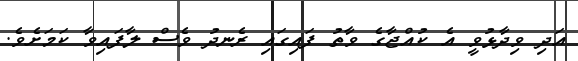
އަދި ވިދާޅުވީ އެ ކުއްޖާގެ ވާތު ފައިގައި ރެނދު ވެސް ލާފައިވާ ކަމަށެވެ.